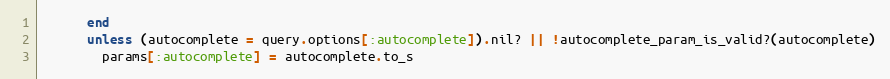
Language: Ruby
      end
      unless (autocomplete = query.options[:autocomplete]).nil? || !autocomplete_param_is_valid?(autocomplete)
        params[:autocomplete] = autocomplete.to_s